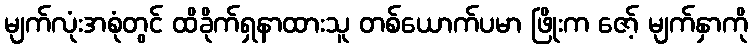
မျက်လုံးအစုံတွင် ထိခိုက်ရှနာထားသူ တစ်ယောက်ပမာ ဖြိုးက ဇော့် မျက်နှာကို